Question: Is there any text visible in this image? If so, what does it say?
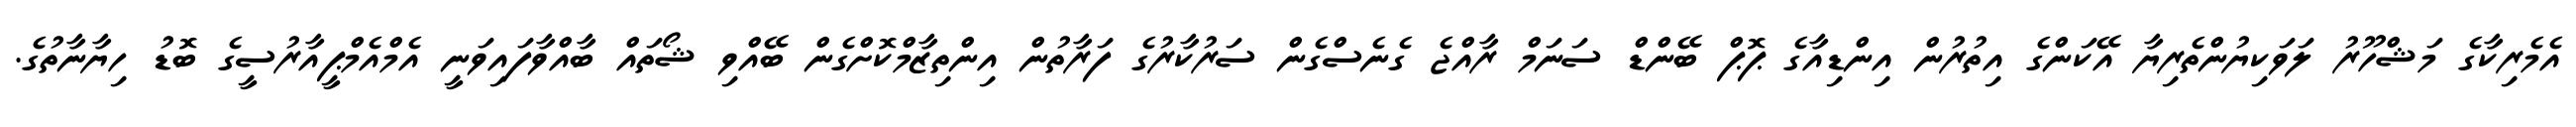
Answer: އެމެރިކާގެ މަޝްހޫރު ލަވަކިޔުންތެރިޔާ އޭކަންގެ އިތުރުން އިންޑިއާގެ ޕޮޕް ބޭންޑް ސަނަމް ރާއްޖެ ގެނެސްގެން ސަރުކާރުގެ ފަރާތުން އިންތިޒާމްކޮށްގެން ބޭއްވި ޝޯތައް ބާއްވާފައިވަނީ އެމްއެމްޕީއާރުސީގެ ބޮޑު ހިޔާނާތުގެ.